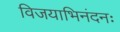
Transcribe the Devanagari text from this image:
विजयाभिनंदनः